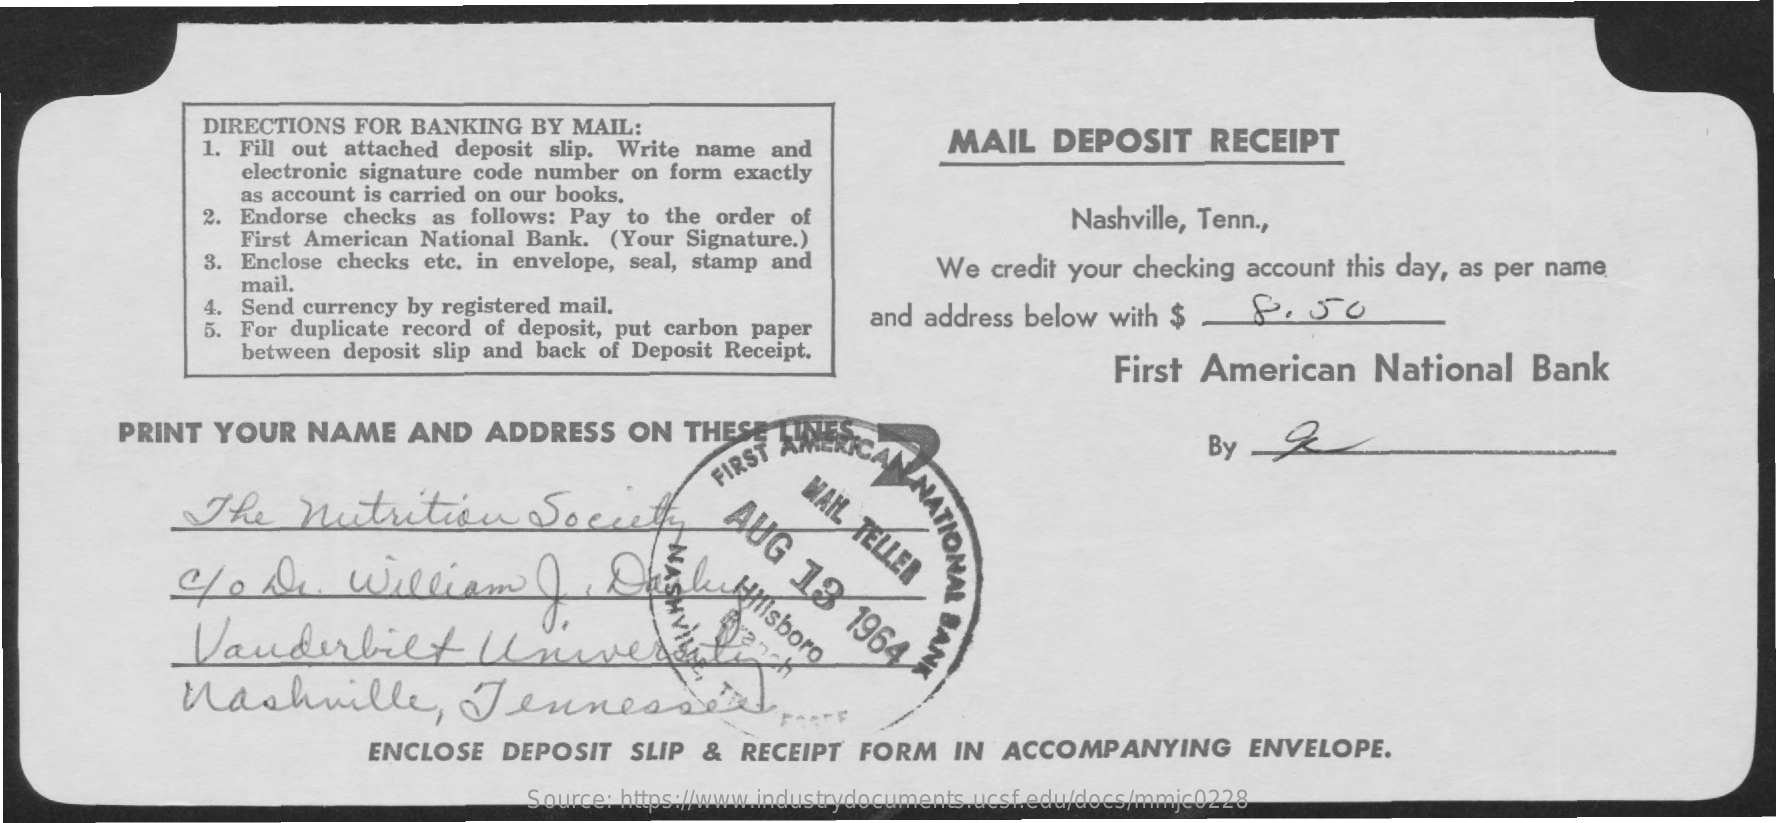
DIRECTIONS FOR BANKING BY MAIL:
     1. Fill out attached deposit slip. Write name and MAIL DEPOSIT RECEIPT
     electronic signature code number on form exactly
     as account is carried on our books.
     2. Endorse checks as follows: Pay to the order of    Nashville, Tenn .,
     First American National Bank. (Your Signature.)
     3. Enclose checks etc. in envelope, seal, stamp and We credit your checking account this day, as per name
     mail.
     5. For duplicate record of deposit, put carbon paper
     4. Send currency by registered mail.    and address below with $ 8.50
     between deposit slip and back of Deposit Receipt.
     First American  National  Bank
     PRINT YOUR NAME  AND  ADDRESS  ON  THES
     ERICAA    By   2
     FIRST
     NATIONAL
     The    nutrition    Society    MAN.
     TELLER AUG
     13
     1964
     4.Dr.    william    thehighsb
     Vanderbilt    Universi    BANK
     Nashville,    Jeunesses
     ENCLOSE DEPOSIT SLIP & RECEIPT FORM IN ACCOMPANYING   ENVELOPE.
     Source: https://www.industrydocuments.ucsf.edu/docs/mmjc0228